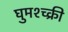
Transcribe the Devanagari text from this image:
घुमश्च्क्री